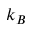
k _ { B }